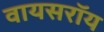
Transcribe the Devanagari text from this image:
वायसराॅय